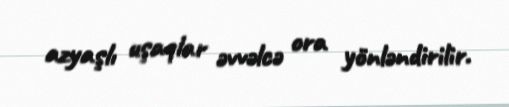
azyaşlı uşaqlar əvvəlcə ora yönləndirilir.